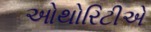
ઓથોરિટીએ